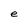
Character: e